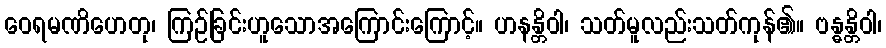
ဝေရမဏိဟေတု၊ ကြဉ်ခြင်းဟူသောအကြောင်းကြောင့်။ ဟနန္တိဝါ၊ သတ်မူလည်းသတ်ကုန်၏။ ဗန္ဓန္တိဝါ၊